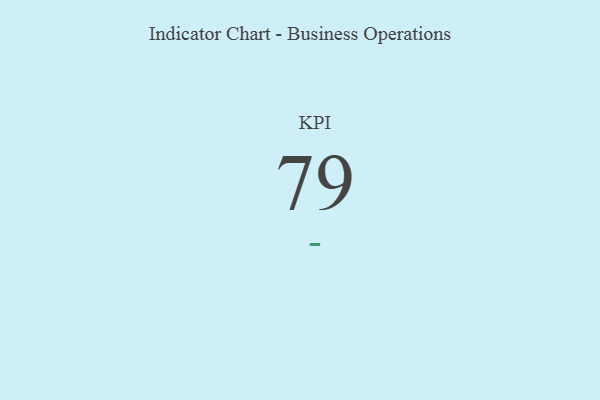
{"axis": {"x": "KPI", "y": "Value"}, "legend": [""], "data": [{"x": "KPI", "y": 79, "type": ""}]}